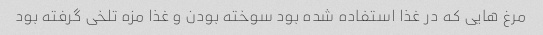
مرغ هایی که در غذا استفاده شده بود سوخته بودن و غذا مزه تلخی گرفته بود